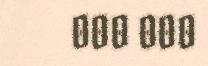
000 000